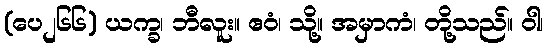
(ပေ၂၆၆) ယက္ခ၊ ဘီလူး။ ဧဝံ၊ သို့။ အမှာကံ၊ တို့သည်။ ဝါ၊